Vaccination in Bombay 1913-1923 - 1913-1923
Year: 1913
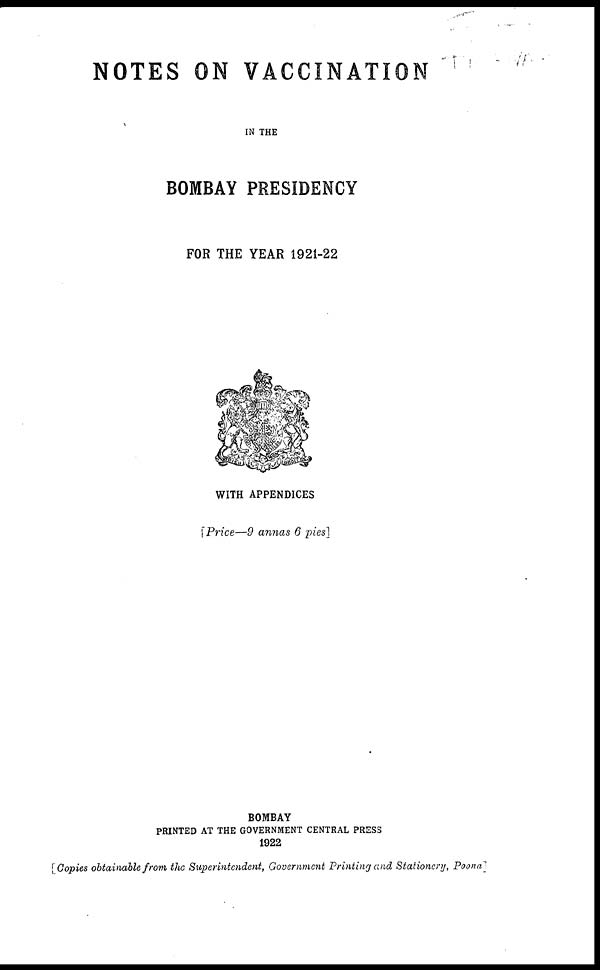
NOTES ON VACCINATION
IN THE
BOMBAY PRESIDENCY
FOR THE YEAR 1921-22
WITH APPENDICES
[ Price—9 annas 6 pies]
BOMBAY
PRINTED AT THE GOVERNMENT CENTRAL PRESS
1922
[Copies obtainable from the Superintendent, Government Printing and Stationery, Poona]